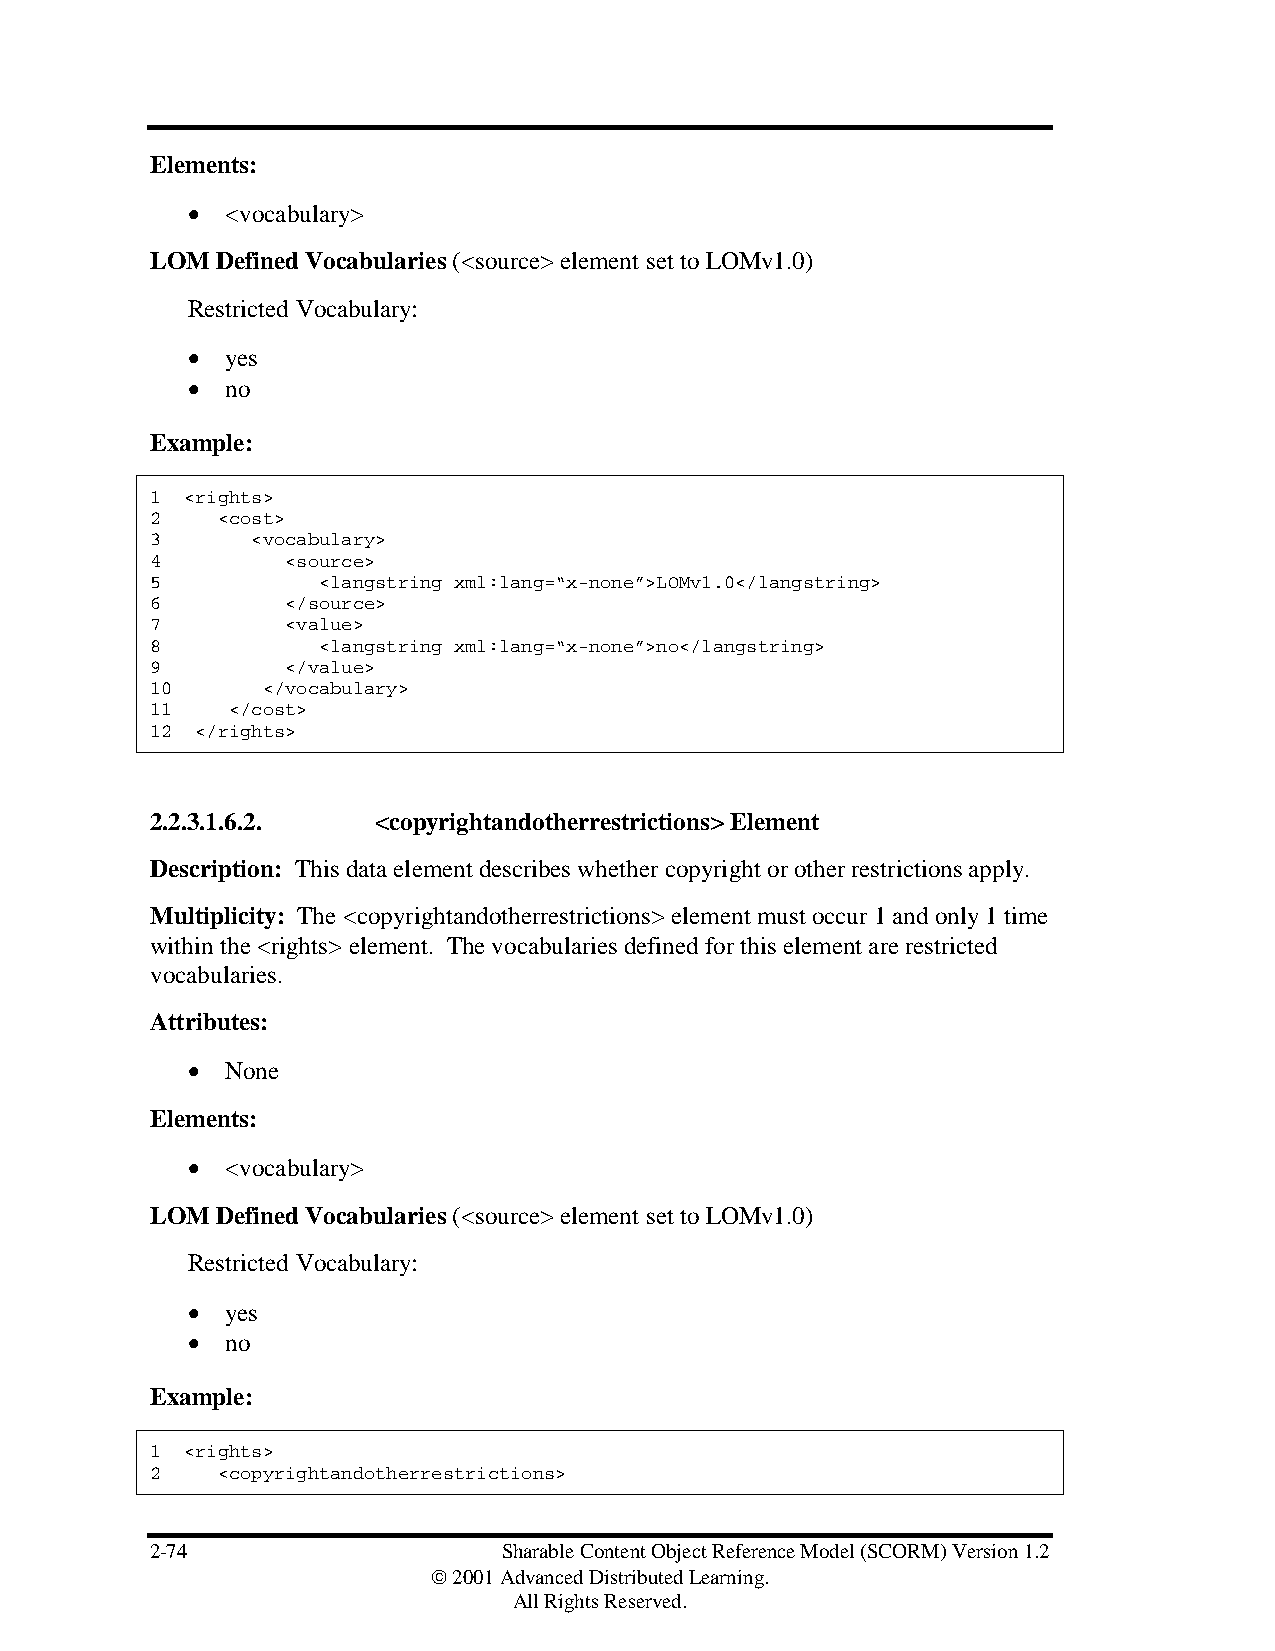
Elements:
 •  <vocabulary>
 LOM Defined Vocabularies (<source> element set to LOMv1.0)
 Restricted Vocabulary:
 •  yes
 •  no
 Example:
 1 <rights>
 2   <cost>
 3      <vocabulary>
 4        <source>
 5          <langstring xml:lang=“x-none”>LOMv1.0</langstring>
 6        </source>
 7        <value>
 8          <langstring xml:lang=“x-none”>no</langstring>
 9        </value>
 10     </vocabulary>
 11   </cost>
 12 </rights>
 2.2.3.1.6.2.   <copyrightandotherrestrictions> Element
 Description: This data element describes whether copyright or other restrictions apply.
 Multiplicity: The <copyrightandotherrestrictions> element must occur 1 and only 1 time
 within the <rights> element. The vocabularies defined for this element are restricted
 vocabularies.
 Attributes:
 •  None
 Elements:
 •  <vocabulary>
 LOM Defined Vocabularies (<source> element set to LOMv1.0)
 Restricted Vocabulary:
 •  yes
 •  no
 Example:
 1 <rights>
 2   <copyrightandotherrestrictions>
 2-74                   Sharable Content Object Reference Model (SCORM) Version 1.2
  2001 Advanced Distributed Learning.
 All Rights Reserved.